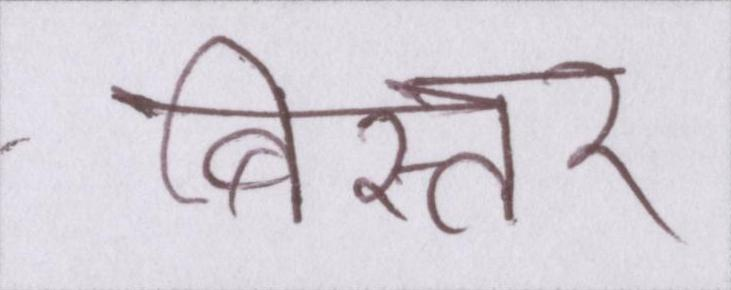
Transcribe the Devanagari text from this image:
बिस्तर